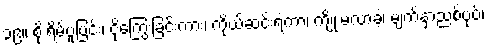
၃၉။ စိုးရိမ်ပူပြင်း၊ ငိုကြွေးခြင်းကား၊ ကိုယ်ဆင်းရဲကာ၊ ကျိုးမလာခဲ့၊ မျက်နှာညစ်ပုပ်၊